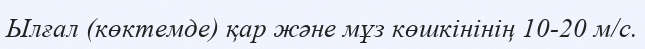
Ылғал (көктемде) қар және мұз көшкінінің 10-20 м/с.